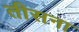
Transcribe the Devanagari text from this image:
तीसना